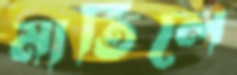
মাতিলে